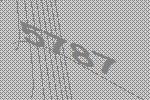
5787